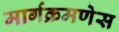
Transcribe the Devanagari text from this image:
मार्गक्रमणेस